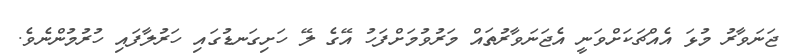
ޖަނަވާރު މުޅަ އެއްޗަކަށްވަނީ އެޖަނަވާރުތައް މަރުވުމަށްފަހު އޭގެ ލޭ ހަށިގަނޑުގައި ހަރުލާފައި ހުރުމުންނެވެ.